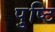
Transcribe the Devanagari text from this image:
पु्ष्टि